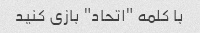
با کلمه "اتحاد" بازی کنید